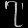
Digit: ၇